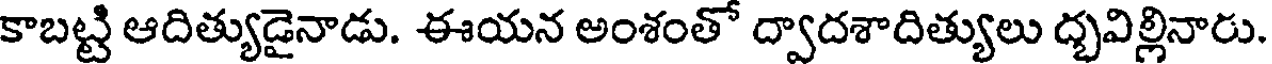
కాబట్టి ఆదిత్యుడైనాడు. ఈయన అంశంతో ద్వాదశాదిత్యులు ద్భవిల్లినారు.